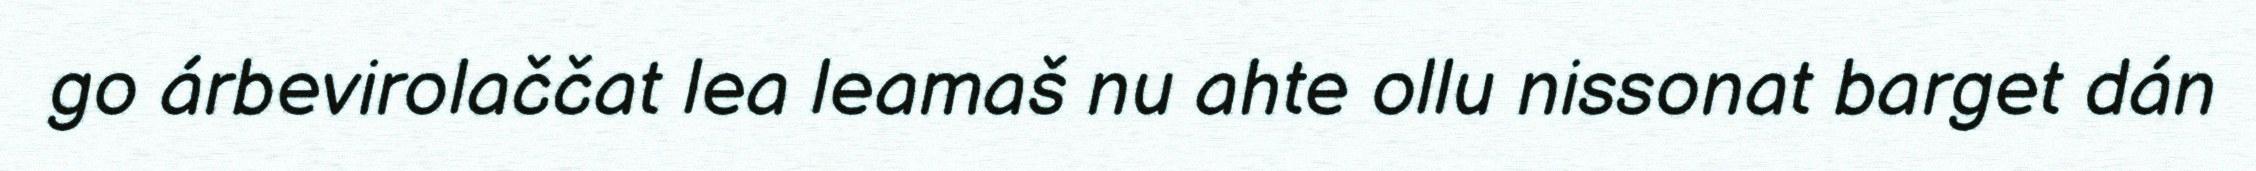
go árbevirolaččat lea leamaš nu ahte ollu nissonat barget dán